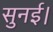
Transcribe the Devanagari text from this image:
सुनई।